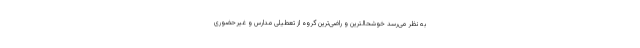
به نظر می‌رسد خوشحالترین و راضی‌ترین گروه از تعطیلی مدارس و غیرحضوری